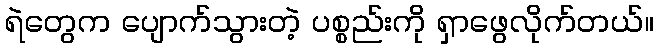
ရဲတွေက ပျောက်သွားတဲ့ ပစ္စည်းကို ရှာဖွေလိုက်တယ်။